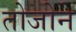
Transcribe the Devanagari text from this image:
तोजोने